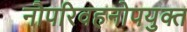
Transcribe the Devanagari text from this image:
नौपरिवहनोपयुक्त